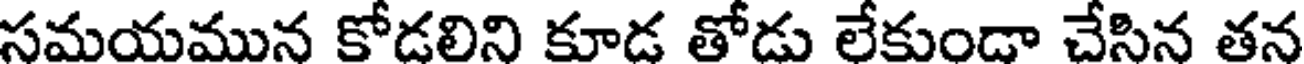
సమయమున కోడలిని కూడ తోడు లేకుండా చేసిన తన